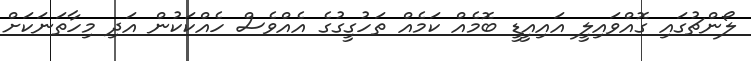
ލޯންޗުގައި ގޮއްވައިލީ އައިއީޑީ ބޮމެއް ކަމެއް ތަހުގީގުގެ އެއްވެސް ހެއްކަކުން އަދި މިހާތަނަކަށް